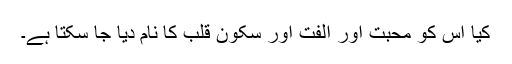
کیا اس کو محبّت اور الفت اور سکون قلب کا نام دیا جا سکتا ہے۔